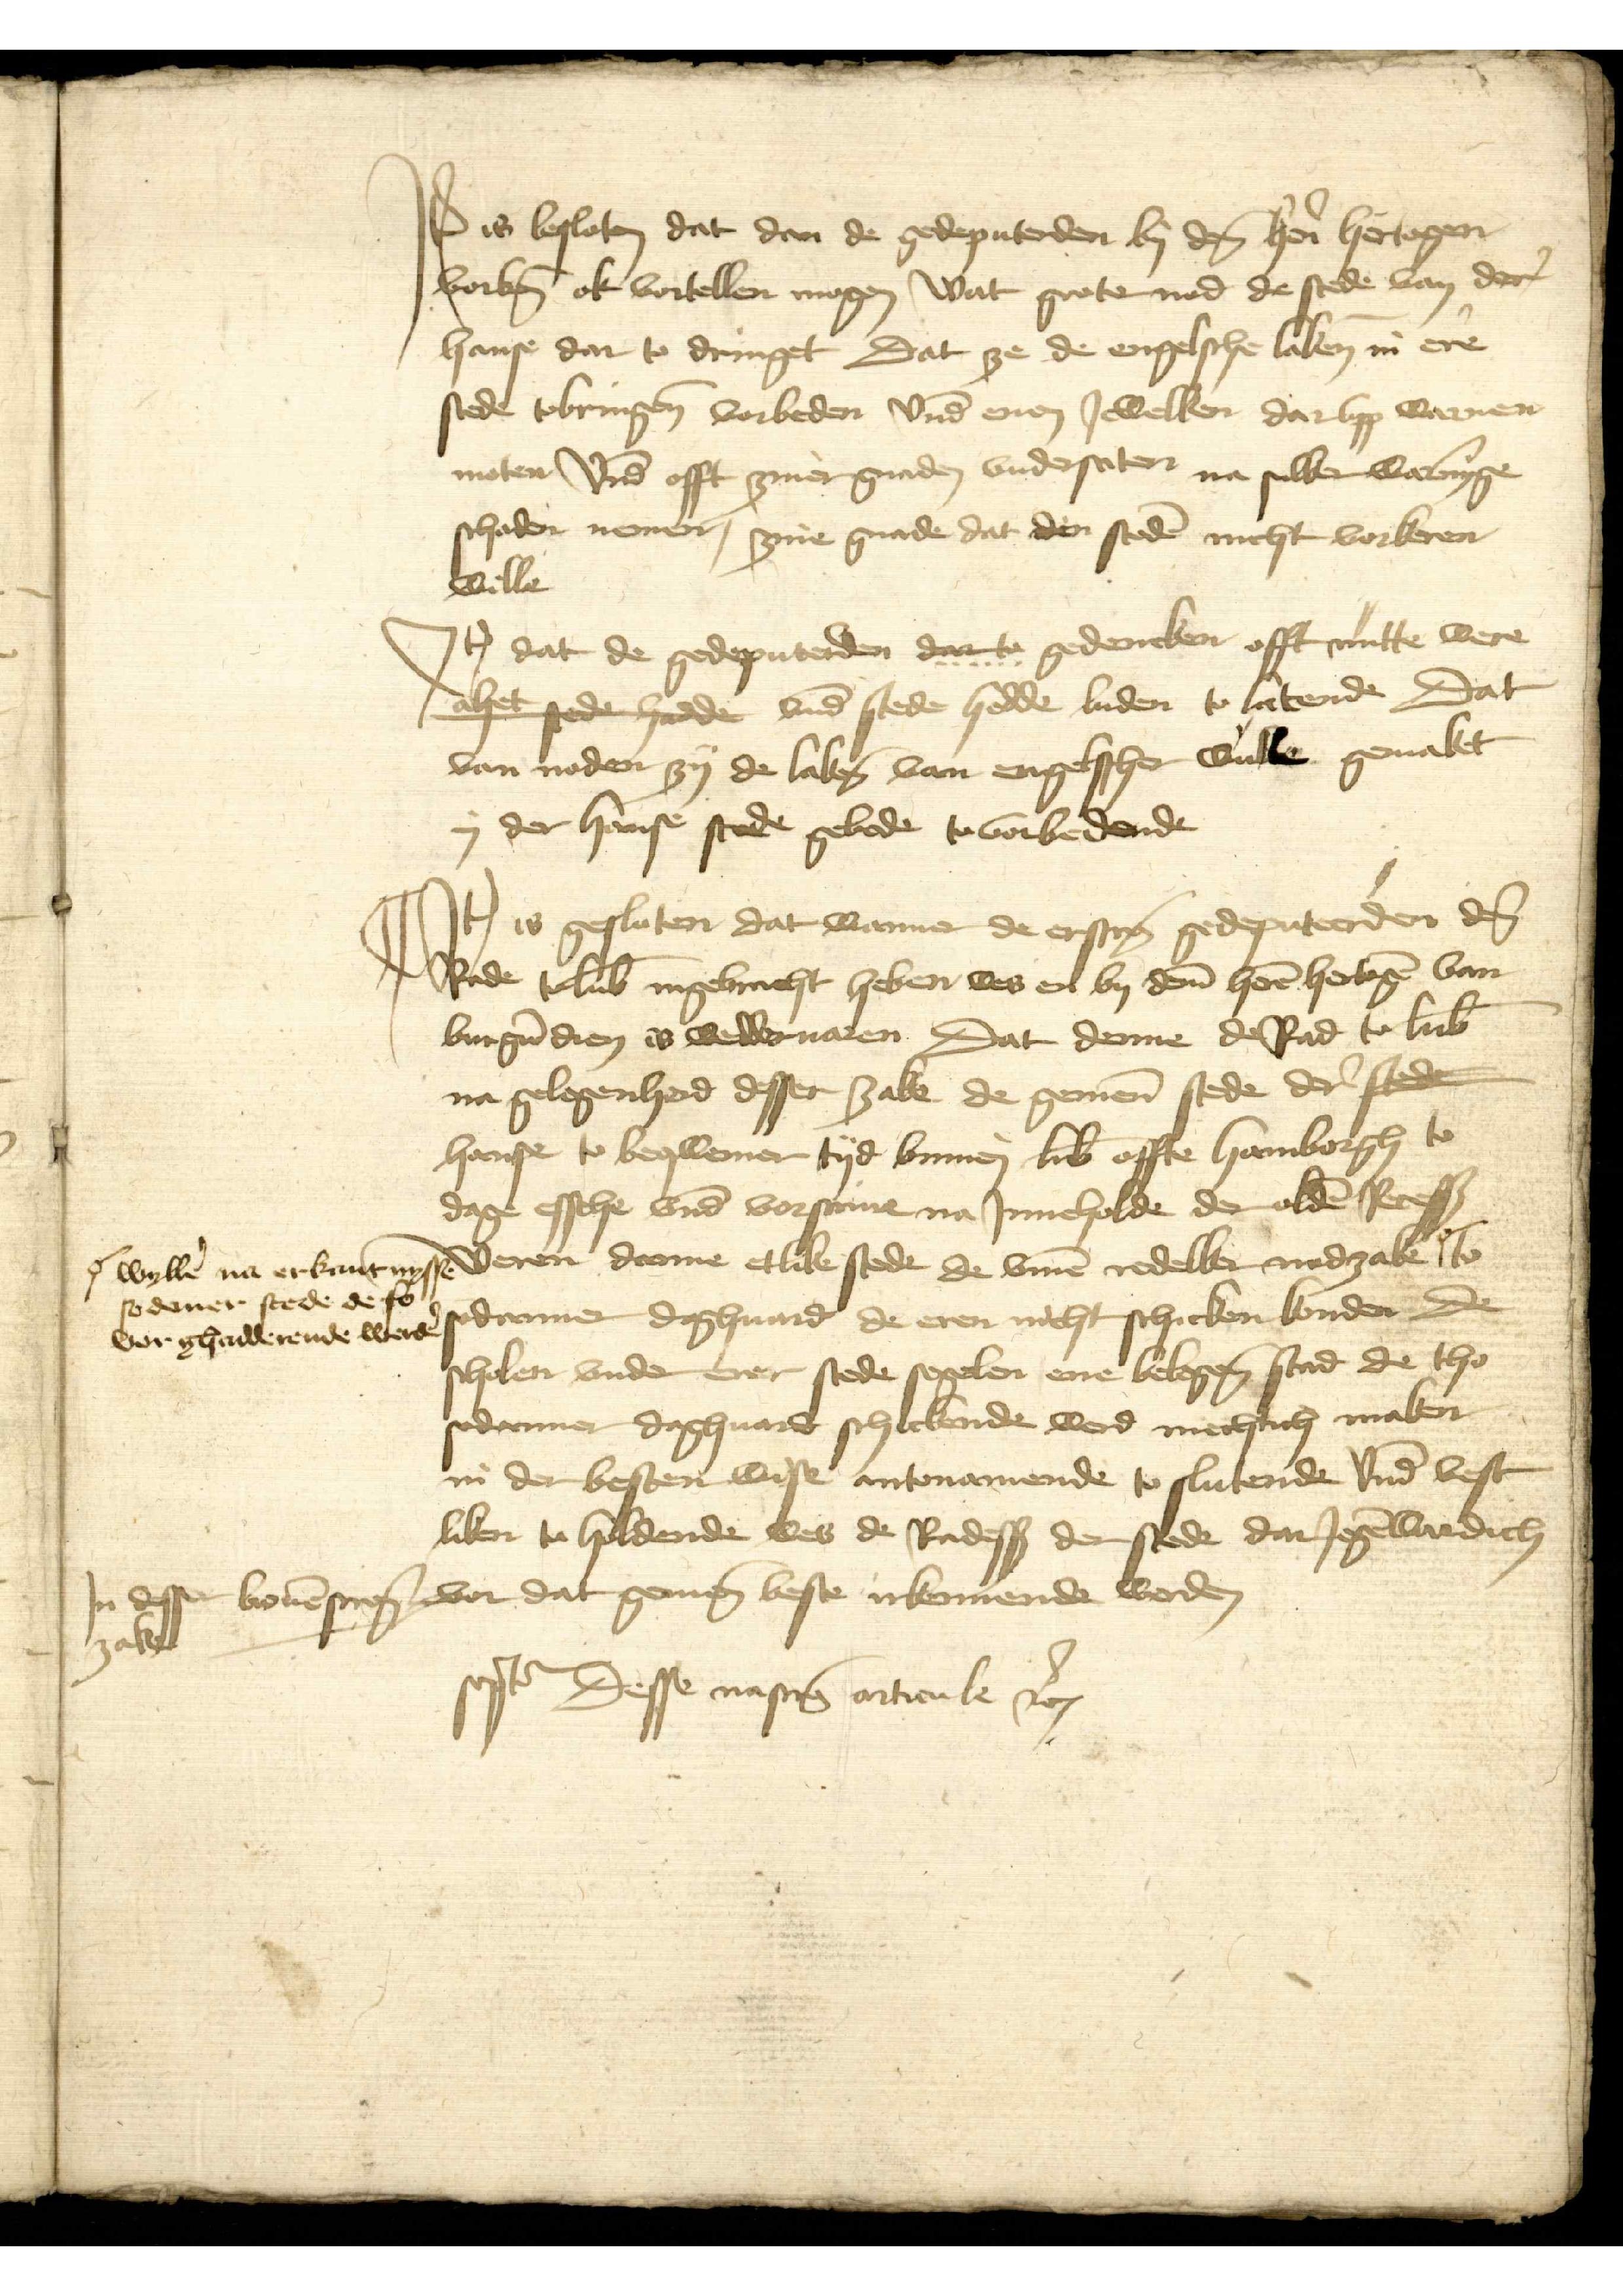
Item is besloten dat den de gedeputerden by den heren hertogen
vorbenomed ok vortellen mogen wat grote nod de stede van der
hanse dar to dringet Dat ze de engelsche laken in ere
stede tobringen vorbeden vnd enen Jewelken dar vpp warnen
moten vnd offt ziner gnaden vndersaten na sulker warninge
schaden nemen, zyne gnade dat den steden nicht vorkeren
wille

Jtem dat de gedeputerden dar to gedencken offt nutte were
Slhet stede gade vnd stede hedde luden to latende Dat
van noden zy de laken van engelscher wulle gemaket
in der hense stede gebede tovorbedende

Jtem is gesloten dat wanner de erscreuen gedeputerden den
Rade to Lubeke ingebracht heben wes en by deme heren hertogen van
Burgundien is wedderuaren dat deme de Rad to Lubeke
na gelegenheid desser zake de gemenen stede der sted
hanse to beqwemer tyd binnen Lubeke offte Hamborgh to
dage essche vnde vorsreuen na Jnneholde der olden Recesse
weren darme etlike stede de vmme redelker nodzake |o to
sodaner daghuard de eren nicht schicken konden De
scholen vnder erer stede segelen ene belegen stad de tho
sodener dachuard schickende werd mechtich maken
in der besten wise antonamende to slutende vnd best¬
liken to holdende wes de Radessendeboden der stede dar Jegenwardich
bouenscreuen vor dat gemene beste irkennende worde

|o willen na erkentnisse
so dener stede de so
vorghadderende werde

Jn desse
zake

segt Desse nascreuen artikele vor